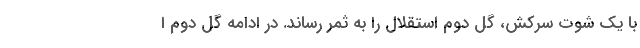
با یک شوت سرکش، گل دوم استقلال را به ثمر رساند. در ادامه گل دوم ا